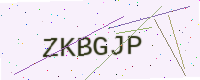
Text: ZKBGJP